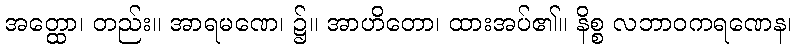
အတ္ထော၊ တည်း။ အာရမဏေ၊ ၌။ အာဟိတော၊ ထားအပ်၏။ နိစ္စ လဘာဝကရဏေန၊